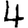
Digit: 4